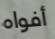
أفواه